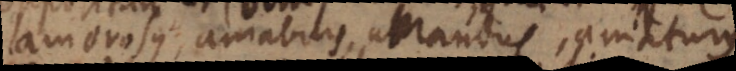
amorosus, amabilis, amandus, amaturus.